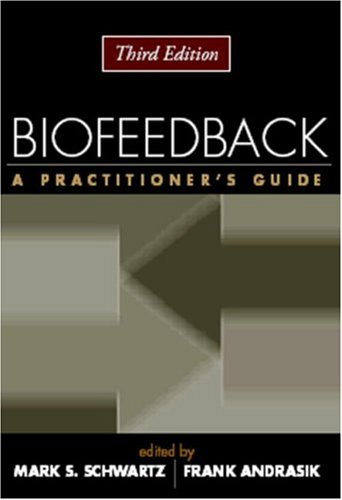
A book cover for Biofeedback: A Practitioner's Guide; Medical Books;